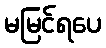
မမြင်ရပေ